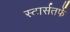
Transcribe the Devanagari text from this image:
स्टार्सतर्फे